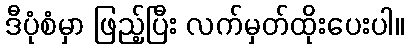
ဒီပုံစံမှာ ဖြည့်ပြီး လက်မှတ်ထိုးပေးပါ။